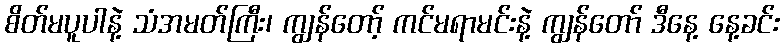
စိတ်မပူပါနဲ့ သံအမတ်ကြီး၊ ကျွန်တော့် ကင်မရာမင်းနဲ့ ကျွန်တော် ဒီနေ့ နေ့ခင်း